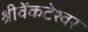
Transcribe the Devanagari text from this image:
श्रीवेंकटेश्वर